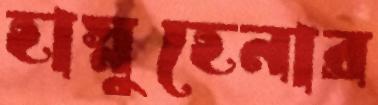
হাস্নুহেনার